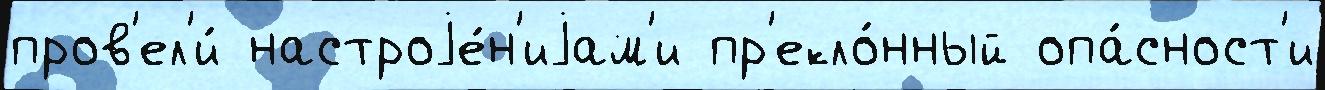
пров'ел'и́ настроjе́н'иjам'и пр'екло́нный опа́сност'и